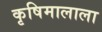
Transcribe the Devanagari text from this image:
कृषिमालाला